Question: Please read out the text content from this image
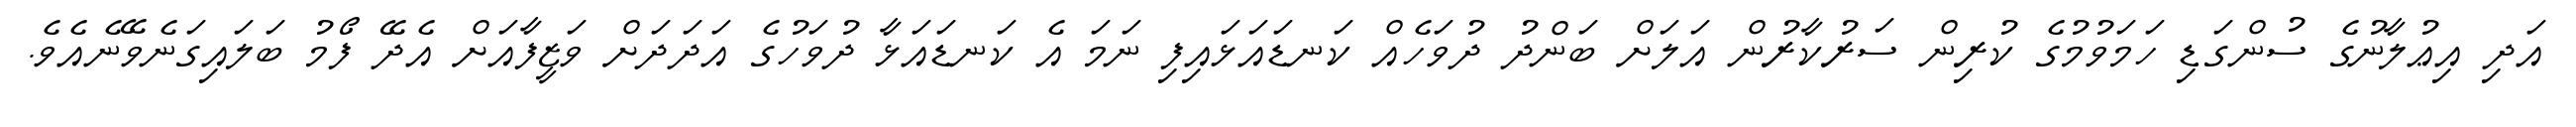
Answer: އަދި އިޢުލާނުގެ ސުންގަޑި ހަމަވުމުގެ ކުރިން ސަރުކާރުން އަލަށް ބަންދު ދުވަހެއް ކަނޑައަޅައިފި ނަމަ އެ ކަނޑައަޅާ ދުވަހުގެ އަދަދަށް ވަޒީފާއަށް އެދޭ ފޯމު ބަލައިގަނެވޭނެއެވެ.